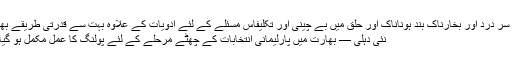
شدید سر درد اور بخارناک بند ہوناناک اور حلق میں بے چینی اور تکلیفاس مسئلے کے لئے ادویات کے علاوہ بہت سے قدرتی طریقے بھی…
نئی دہلی — بھارت میں پارلیمانی انتخابات کے چھٹے مرحلے کے لئے پولنگ کا عمل مکمل ہو گیا ہے۔